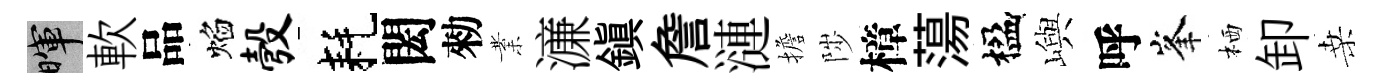
暉軟品焰彀耗閎勑業濓鎮詹漣擔陟樟蕩楹嶼呼峯栖卸桑